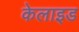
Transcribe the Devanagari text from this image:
केलाइड